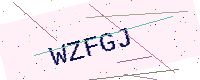
Text: WZFGJ